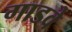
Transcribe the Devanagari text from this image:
गाडवे